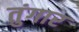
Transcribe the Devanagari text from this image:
तुंगार